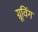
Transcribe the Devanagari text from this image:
ग्रूविंग